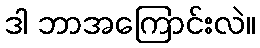
ဒါ ဘာအကြောင်းလဲ။